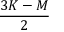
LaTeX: \frac { 3 K - M } { 2 }